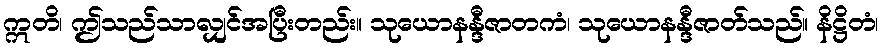
ဣတိ၊ ဤသည်သာလျှင်အပြီးတည်း။ သုယောနန္ဒီဇာတကံ၊ သုယောနန္ဒီဇာတ်သည်။ နိဋ္ဌိတံ၊